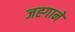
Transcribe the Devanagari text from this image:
जह्गाने